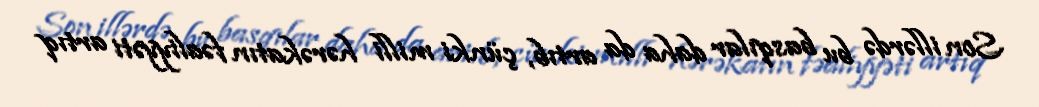
Son illərdə bu basqılar daha da artıb, çünki milli hərəkatın fəaliyyəti artıq